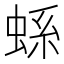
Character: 𧋬